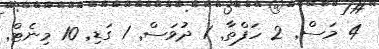
4 މަސް